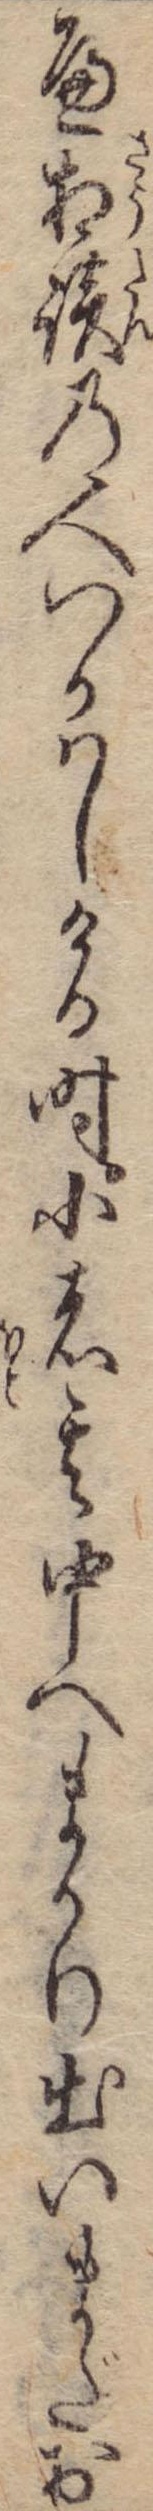
へ相談の人つかはしける時小者其中へまかり出いまだお